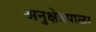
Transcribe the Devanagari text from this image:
अनुक्षेत्रपाळा